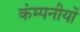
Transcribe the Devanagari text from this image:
कंम्पनीयों